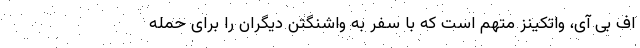
اف بی آی، واتکینز متهم است که با سفر به واشنگتن دیگران را برای حمله